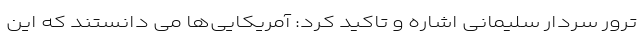
ترور سردار سلیمانی اشاره و تاکید کرد: آمریکایی‌ها می دانستند که این